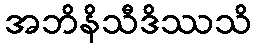
အဘိနိသီဒိဿသိ